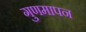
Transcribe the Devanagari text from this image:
गुणमापन